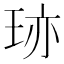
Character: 𤥂